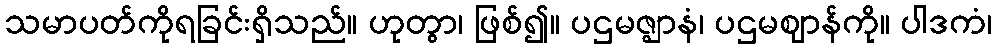
သမာပတ်ကိုရခြင်းရှိသည်။ ဟုတွာ၊ ဖြစ်၍။ ပဌမဇ္ဈာနံ၊ ပဌမဈာန်ကို။ ပါဒကံ၊